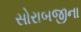
સોરાબજીના